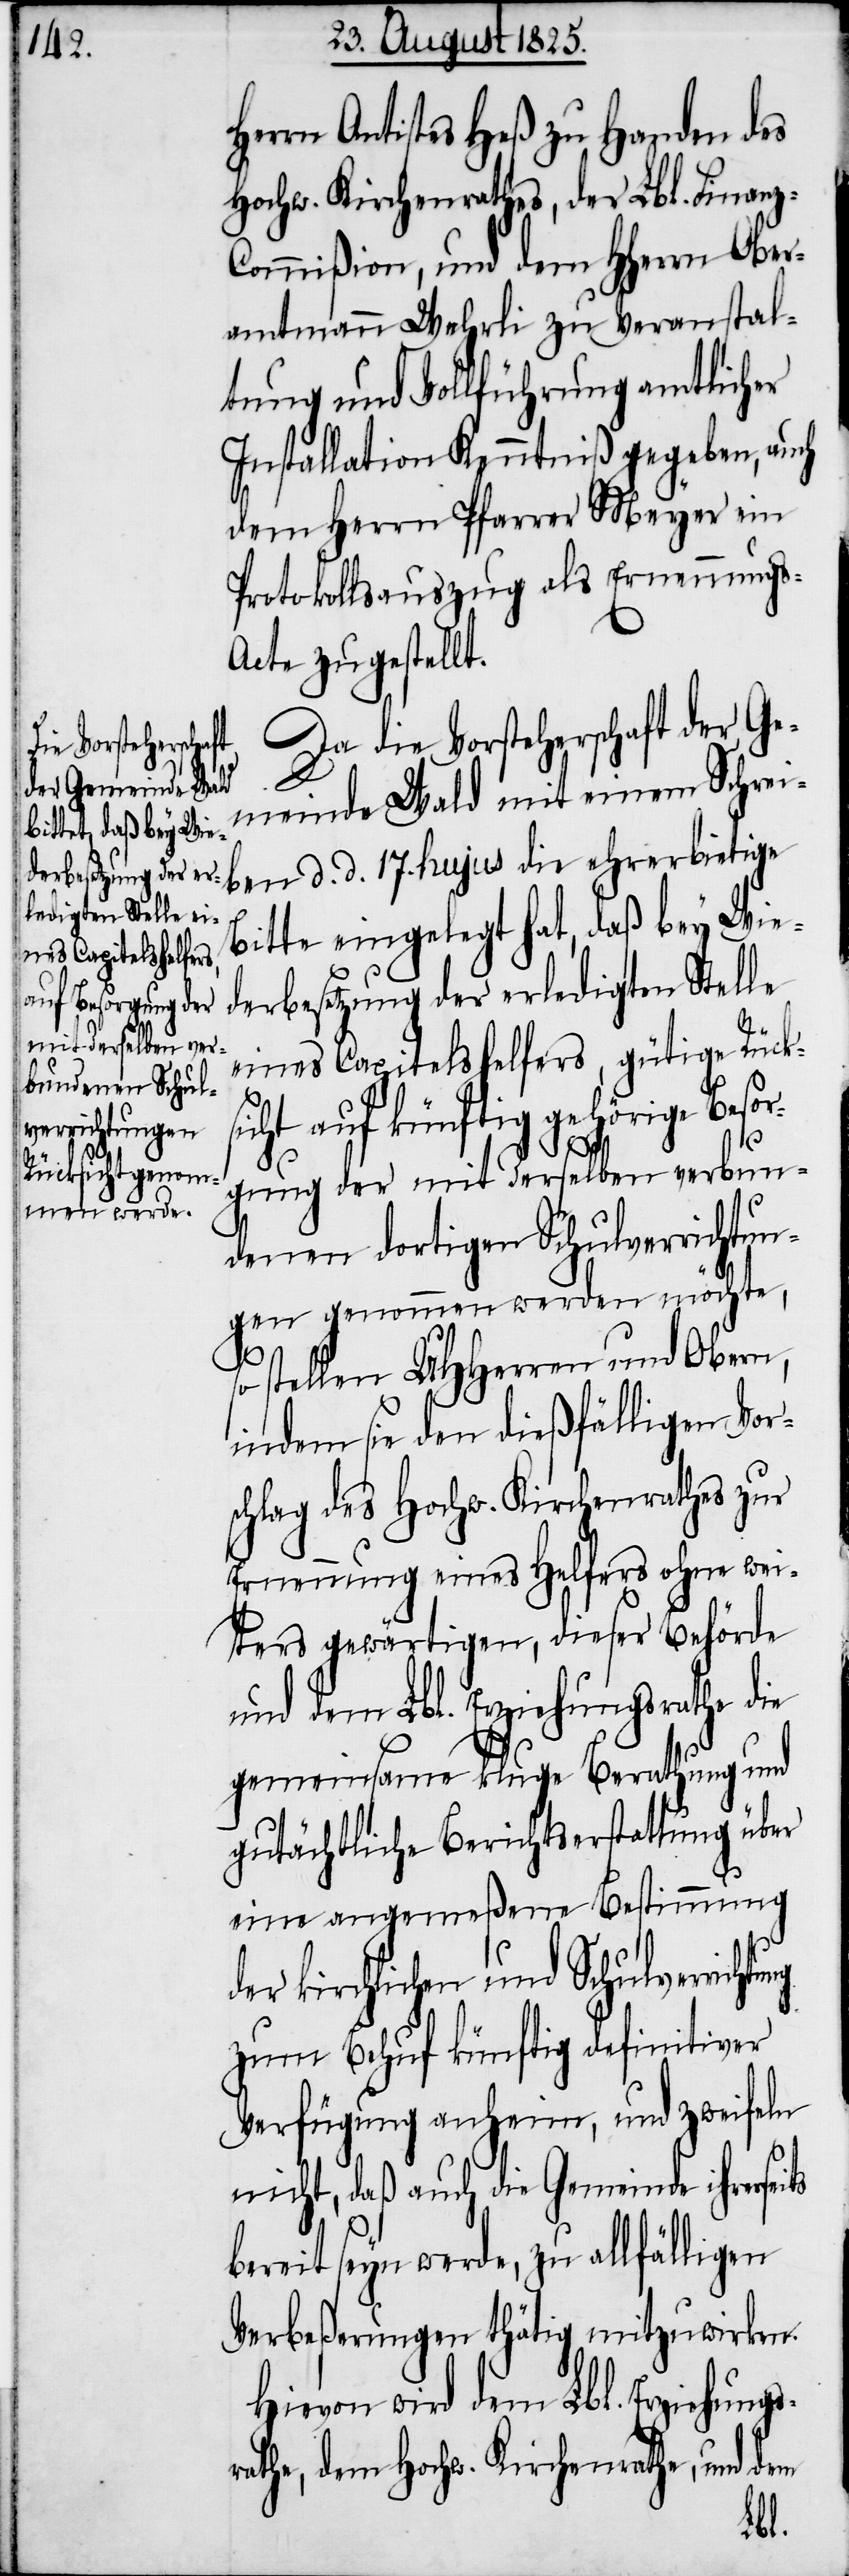
Herrn Antistes Heß zu Handen des
Hochw. Kirchenrathes, der Lbl. Finan¬
ommißion, und dem HHerrn Ober¬
amtmann Wehrli zu Veranstal¬
tung und Vollführung amtlicher
Installation Kenntniß gegeben, auch
dem Herrn Pfarrer Meyer ein
Protokollsauszug als Ernennungs-A¬
cte zugestellt.
Da die Vorsteherschaft der Ge¬
meinde Wald mit einem Schrei¬
ben d. d. 17. hujus die ehrerbietige
Bitte eingelegt hat, daß bey Wie¬
derbesetzung der erledigten Stelle
eines Capitelshelfers, gütige Rücks¬
icht auf künftig gehörige Beso¬
rgung der mit derselben verbun¬
denen dortigen Schulverrichtun¬
gen genommen werden möchte,
tung
so stellen UHHerren und Obern,
indem sie den dießfälligen Vor¬
schlag des Hochw. Kirchenrathes zur
Ernennung eines Helfers ohne wei¬
ters gewärtigen, dieser Behörde
und dem Lbl. Erziehungsrathe die
gemeinsame kluge Berathung und
gutächtliche Berichtserstattung über
eine angemeßene Bestimmung
der kirchlichen und Schulverrich¬
zum Behuf künftig definitiver
Verfügung anheim, und zweifeln
nicht, daß auch die Gemeinde ihrerseits
bereit seyn werde, zu allfälligen
Verbeßerungen thätig mitzuwirken.
Hievon wird dem Lbl. Erziehungs¬
rathe, dem Hochw. Kirchenrathe, und dem